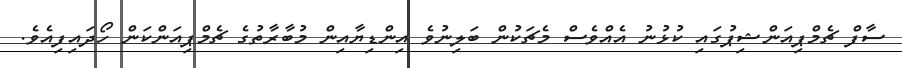
ސާފް ޗެމްޕިއަންޝިޕުގައި ކުޅުނު އެއްވެސް މެޗަކުން ބަލިނުވެ އިންޑިޔާއިން މުބާރާތުގެ ޗެމްޕިއަންކަން ހޯދައިފިއެވެ.